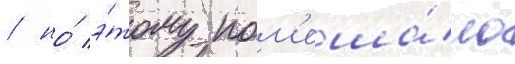
/ но́ э́тому пом'еша́ло